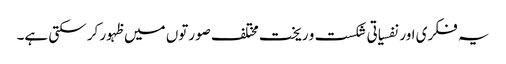
یہ فکری اور نفسیاتی شکست و ریخت مختلف صورتوں میں ظہور کر سکتی ہے۔